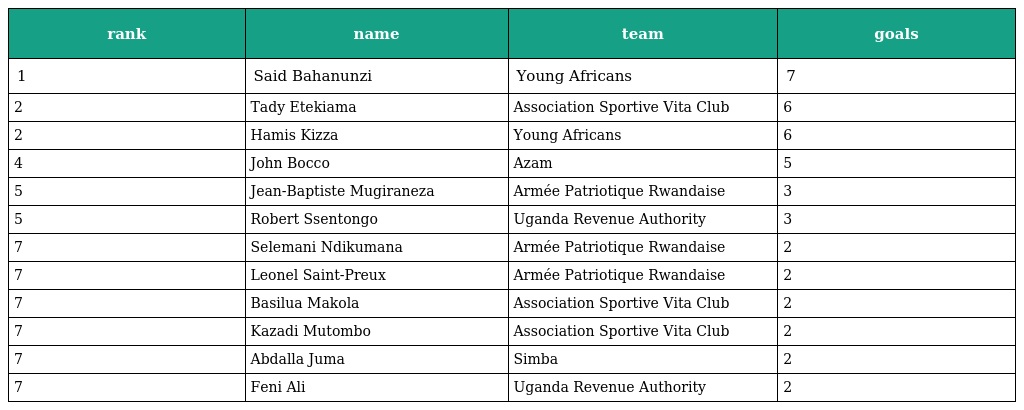
| rank | name | team | goals |
 | --- | --- | --- | --- |
 | 1 | Said Bahanunzi | Young Africans | 7 |
 | 2 | Tady Etekiama | Association Sportive Vita Club | 6 |
 | 2 | Hamis Kizza | Young Africans | 6 |
 | 4 | John Bocco | Azam | 5 |
 | 5 | Jean-Baptiste Mugiraneza | Armée Patriotique Rwandaise | 3 |
 | 5 | Robert Ssentongo | Uganda Revenue Authority | 3 |
 | 7 | Selemani Ndikumana | Armée Patriotique Rwandaise | 2 |
 | 7 | Leonel Saint-Preux | Armée Patriotique Rwandaise | 2 |
 | 7 | Basilua Makola | Association Sportive Vita Club | 2 |
 | 7 | Kazadi Mutombo | Association Sportive Vita Club | 2 |
 | 7 | Abdalla Juma | Simba | 2 |
 | 7 | Feni Ali | Uganda Revenue Authority | 2 |